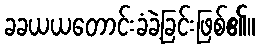
ခခယယတောင်းခံခဲ့ခြင်းဖြစ်၏။